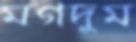
মগদুম